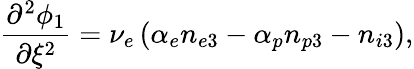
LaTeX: \frac{\partial^{2}\phi_{1}}{\partial\xi^{2}}=\nu_{e}\left(\alpha_{e}n_{e3}-\alpha_{p}n_{p3}-n_{i3}\right),